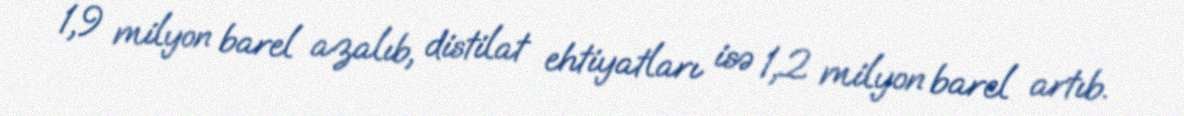
1,9 milyon barel azalıb, distilat ehtiyatları isə 1,2 milyon barel artıb.